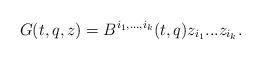
LaTeX: \begin{align*}G(t,q,z)=B^{i_1,...,i_k}(t,q)z_{i_1}...z_{i_k}.\end{align*}